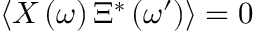
\left\langle X \left( \omega \right) \Xi ^ { * } \left( \omega ^ { \prime } \right) \right\rangle = 0